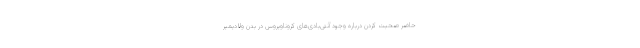
حاضر صحبت کردن درباره وجود آنتی‌بادی‌های کروناویروس در بدن ولادیمیر